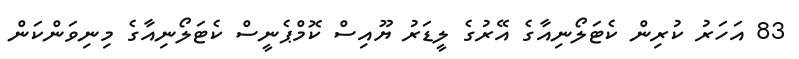
83 އަހަރު ކުރިން ކެޓަލޯނިއާގެ އޭރުގެ ލީޑަރު ޔޫއިސް ކޮމްޕެނީސް ކެޓަލޯނިއާގެ މިނިވަންކަން